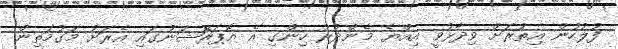
ފުލުހުން އިތުރަށް ވިދާޅުވީ އިއްޔެ މެންދުރު ހިންގި އެ އޮޕަރޭޝަނުގައި އެރަށު މަގުމަތިން